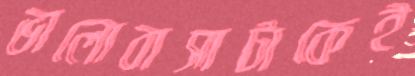
ভালোবাসাটাকেই